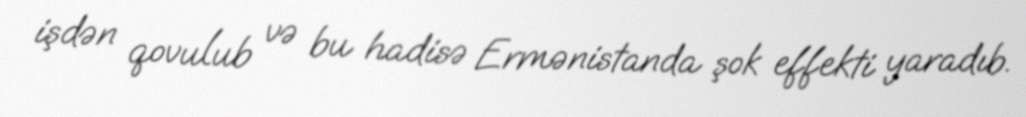
işdən qovulub və bu hadisə Ermənistanda şok effekti yaradıb.